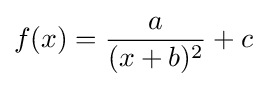
f(x)={a \over (x+b)^{2}}+c